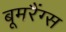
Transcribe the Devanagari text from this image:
बूमरैंग्स